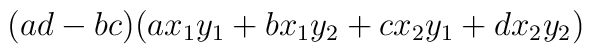
(ad-bc)(ax_1y_1 + bx_1y_2 + cx_2y_1 + dx_2y_2)